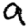
Digit: 9